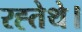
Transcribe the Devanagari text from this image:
रह्तेथे।